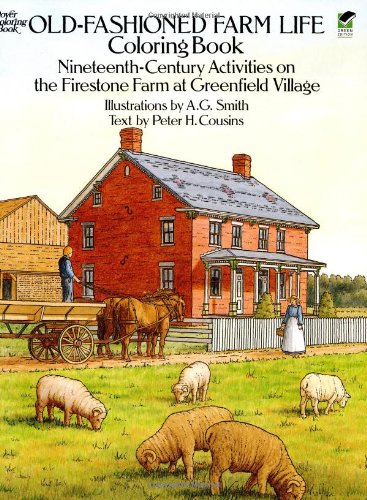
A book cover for Old-Fashioned Farm Life Coloring Book: Nineteenth Century Activities on the Firestone Farm at Greenfield Village (Dover History Coloring Book); A. G. Smith; Crafts, Hobbies & Home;